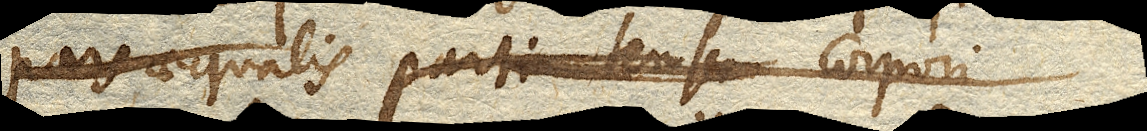
pars aequalis parti tensi corpori